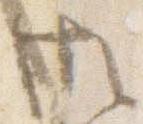
御